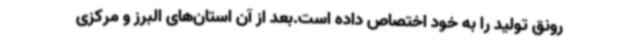
رونق تولید را به خود اختصاص داده است.بعد از آن استان‌های البرز و مرکزی